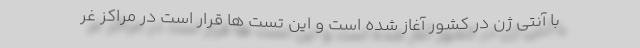
با آنتی ژن در کشور آغاز شده است و این تست ها قرار است در مراکز غر